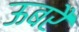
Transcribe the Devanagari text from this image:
ऊबरै